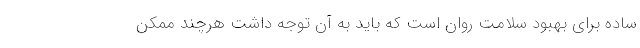
ساده برای بهبود سلامت روان است که باید به آن توجه داشت هرچند ممکن